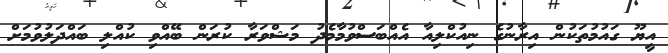
އީޔޫ ގައުމުތަކުން އިރާނުގެ ނިއުކްލިއާ އެއްބަސްވުމާމެދު މަޝްވަރާ ކުރަން ބޭއްވި ކުއްލި ބައްދަލުވުމަށް